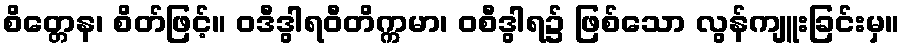
စိတ္တေန၊ စိတ်ဖြင့်။ ဝဒီဒွါရဝီတိက္ကမာ၊ ဝစီဒွါရ၌ ဖြစ်သော လွန်ကျူးခြင်းမှ။